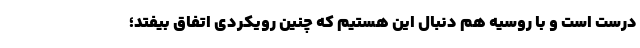
درست است و با روسیه هم دنبال این هستیم که چنین رویکردی اتفاق بیفتد؛